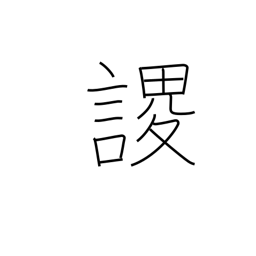
Meaning: arise